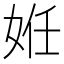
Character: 姙